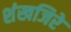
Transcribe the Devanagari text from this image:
शंखजिरे